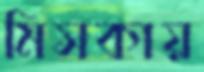
মিসকায়